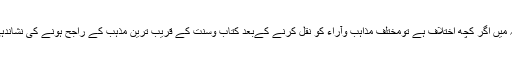
پھر کسی مسئلہ میں اگر کچھ اختلاف ہے تومختلف مذاہب وآراء کو نقل کرنے کےبعد کتاب وسنت کے قریب ترین مذہب کے راجح ہونے کی نشاندہی کی گئی ہے۔